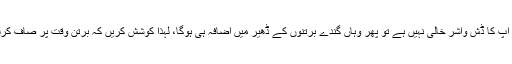
اگر آپ کا ڈش واشر خالی نہیں ہے تو پھر وہاں گندے برتنوں کے ڈھیر میں اضافہ ہی ہوگا، لہٰذا کوشش کریں کہ برتن وقت پر صاف کرلیں۔